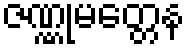
ဇဏ္ဏုမတ္တေန